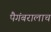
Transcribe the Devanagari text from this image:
पैगंबरालाच